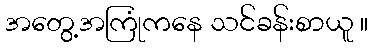
အတွေ့အကြုံကနေ သင်ခန်းစာယူ ။